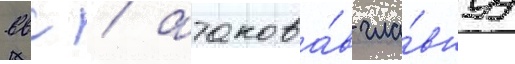
ввс / атакова́в гла́внуу